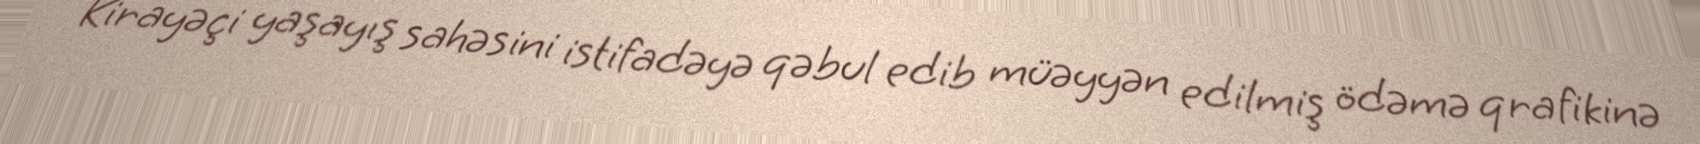
Kirayəçi yaşayış sahəsini istifadəyə qəbul edib müəyyən edilmiş ödəmə qrafikinə